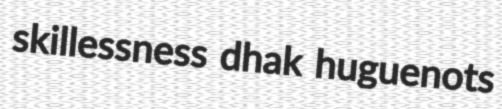
skillessness dhak huguenots